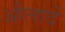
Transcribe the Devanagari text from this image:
औलादें